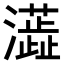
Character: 𤃓